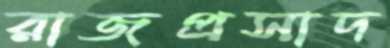
রাজপ্রসাদ